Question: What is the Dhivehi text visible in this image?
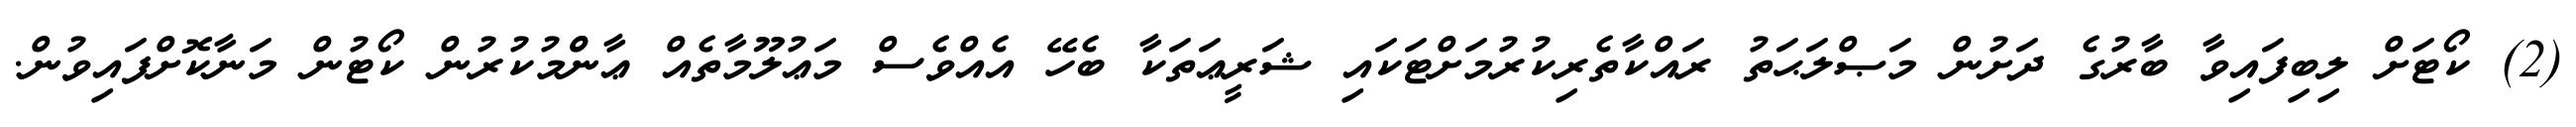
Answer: (2) ކޯޓަށް ލިބިފައިވާ ބާރުގެ ދަށުން މަޞްލަޙަތު ރައްކާތެރިކުރުމަށްޓަކައި ޝަރީޢަތަކާ ބެހޭ އެއްވެސް މަޢުލޫމާތެއް ޢާންްމުކުރުން ކޯޓުން މަނާކޮށްފައިވުން.